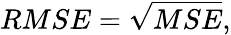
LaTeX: RMSE=\sqrt{MSE},